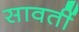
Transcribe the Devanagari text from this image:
सावतीं